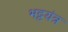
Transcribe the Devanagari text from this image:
भट्टयंत्र